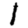
Digit: 1